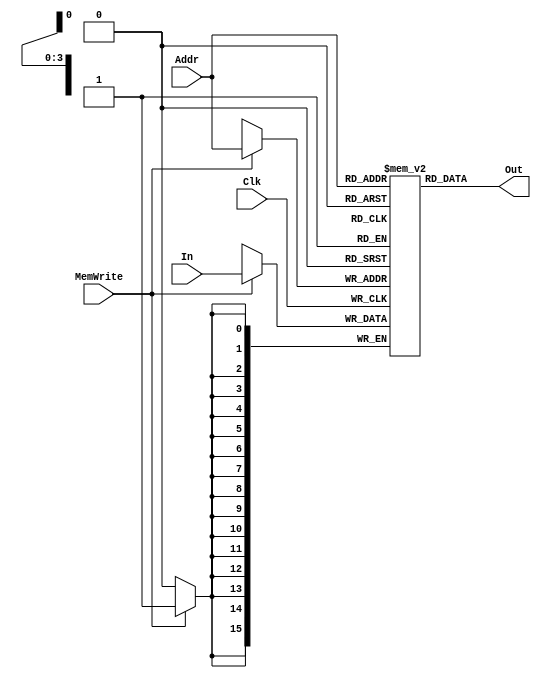
`timescale 1ns / 1ps
//////////////////////////////////////////////////////////////////////////////////
// Company: 
// Engineer: 
// 
// Design Name: 
// Module Name: Data_Memory
// Project Name: 
// Target Devices: 
// Tool Versions: 
// Description: 
// 
// Dependencies: 
// 
// Revision:
// Revision 0.01 - File Created
// Additional Comments:
// 
//////////////////////////////////////////////////////////////////////////////////


module Data_Memory(Clk, MemWrite, Addr, In, Out);
//inputs
input Clk, MemWrite;
input [3:0] Addr;
input [15:0]In;

//outputs
output [15:0]Out;

reg [15:0]Memory[15:0];

initial begin
Memory[0] = 16'h0000; //0
Memory[1] = 16'h0001; //1
Memory[2] = 16'h0080; //128
Memory[3] = 16'h0092; //146
end

always @(posedge Clk)

begin
//write
if(MemWrite)

begin
Memory[Addr] = In;

end

end
    
//reading memory

assign Out = Memory[Addr];


endmodule